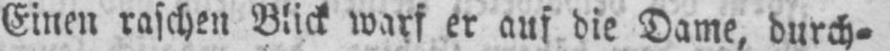
Einen raschen Blick warf er auf die Dame, durch⸗